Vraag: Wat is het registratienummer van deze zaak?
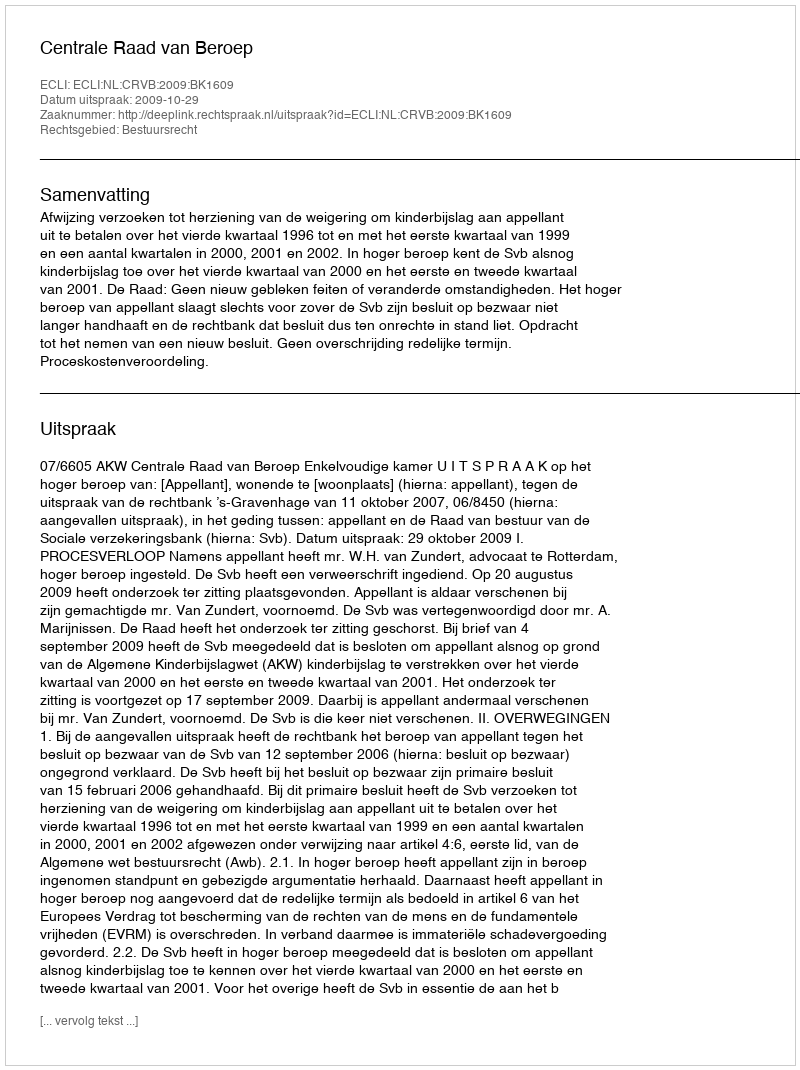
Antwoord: http://deeplink.rechtspraak.nl/uitspraak?id=ECLI:NL:CRVB:2009:BK1609